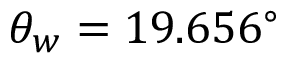
\theta _ { w } = 1 9 . 6 5 6 ^ { \circ }